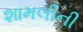
શામલીની